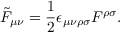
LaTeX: \tilde { F } _ { \mu \nu } = \frac { 1 } { 2 } \epsilon _ { \mu \nu \rho \sigma } F ^ { \rho \sigma } .